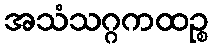
အသံသဂ္ဂကထဉ္စ